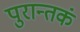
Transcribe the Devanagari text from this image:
पुरान्तकं